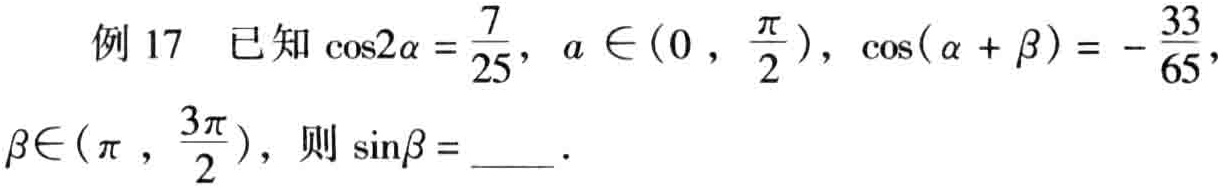
例 17 已知 \(\cos2\alpha = \frac{7}{25}\)，\(\alpha \in(0,\frac{\pi}{2})\)，\(\cos(\alpha + \beta)=-\frac{33}{65}\)，\(\beta\in(\pi,\frac{3\pi}{2})\)，则 \(\sin\beta =\)  ．